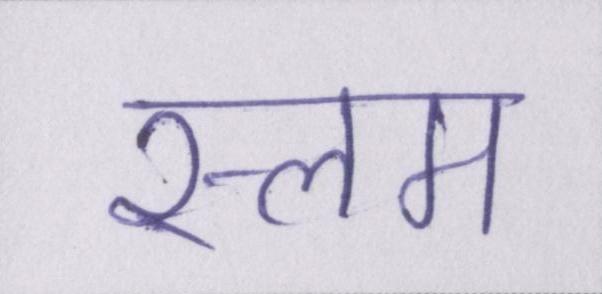
स्लम